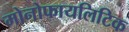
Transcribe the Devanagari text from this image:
मोनोफायलिटिक